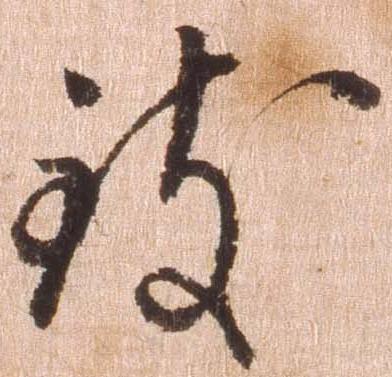
致